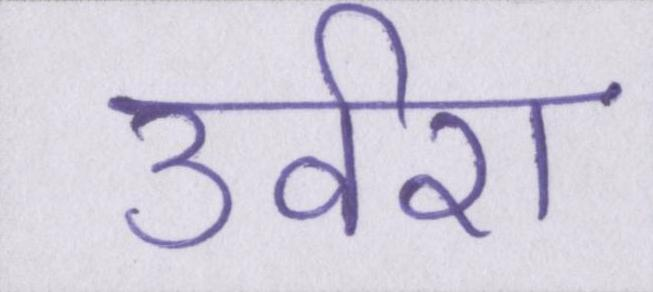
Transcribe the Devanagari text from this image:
उर्वरा